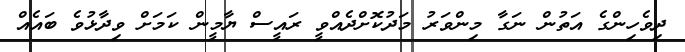
ދިވެހިންގެ އަތުން ނަގާ މިންވަރު މަދުކޮށްދެއްވީ ރައީސް ޔާމީން ކަމަށް ވިދާޅުވެ ބައެއް